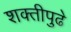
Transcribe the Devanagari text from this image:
शक्तीपुढे